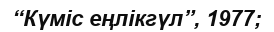
“Күміс еңлікгүл”, 1977;